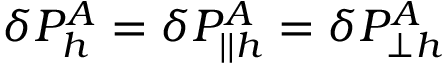
\delta P _ { h } ^ { A } = \delta P _ { | | h } ^ { A } = \delta P _ { \perp h } ^ { A }